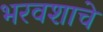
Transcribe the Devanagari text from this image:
भरवशाचे